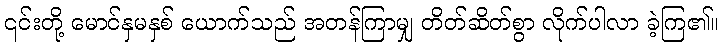
၎င်းတို့ မောင်နှမနှစ် ယောက်သည် အတန်ကြာမျှ တိတ်ဆိတ်စွာ လိုက်ပါလာ ခဲ့ကြ၏။